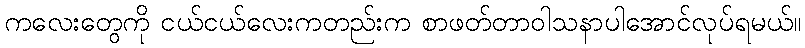
ကလေးတွေကို ငယ်ငယ်လေးကတည်းက စာဖတ်တာဝါသနာပါအောင်လုပ်ရမယ်။